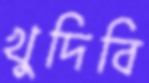
খুদিবি